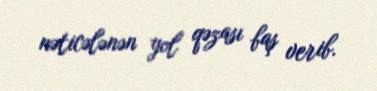
nəticələnən yol qəzası baş verib.